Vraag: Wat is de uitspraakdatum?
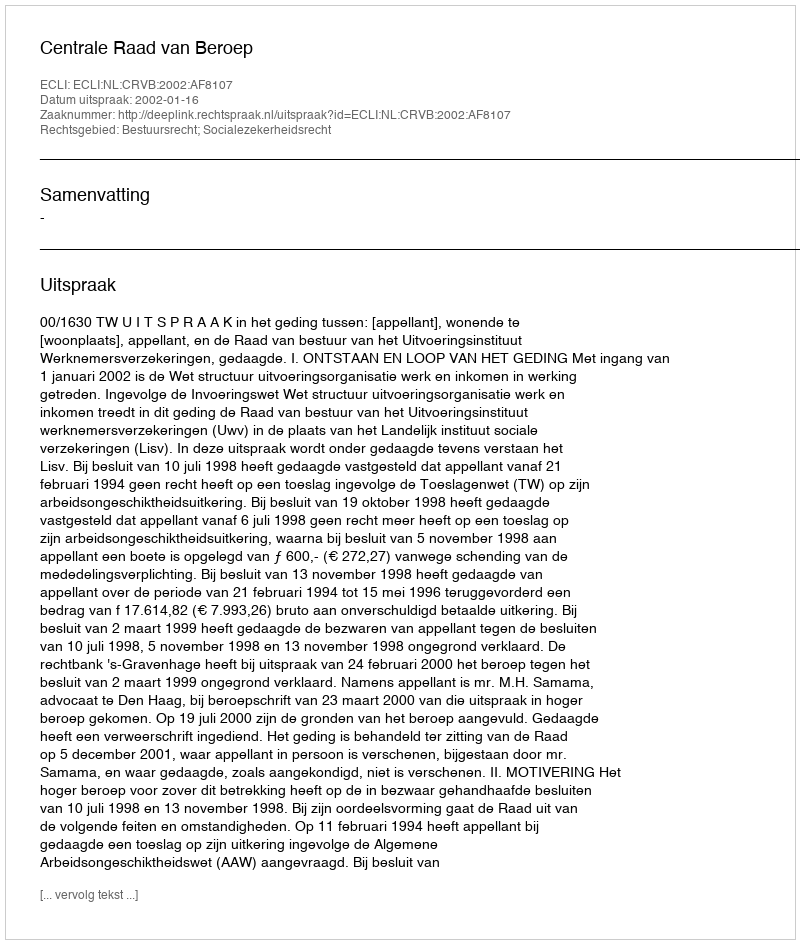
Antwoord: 2002-01-16